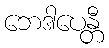
ဘေဒါပေန္တီ